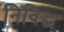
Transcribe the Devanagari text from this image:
निविद्ध